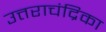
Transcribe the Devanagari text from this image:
उत्तराचंद्रिका